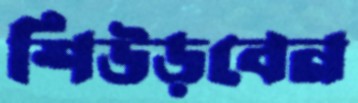
শিউড়বেন